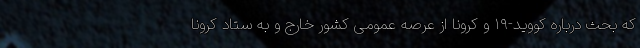
که بحث درباره کووید-۱۹ و کرونا از عرصه عمومی کشور خارج و به ستاد کرونا